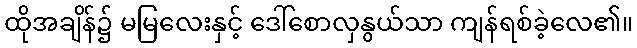
ထိုအချိန်၌ မမြလေးနှင့် ဒေါ်စောလှနွယ်သာ ကျန်ရစ်ခဲ့လေ၏။